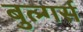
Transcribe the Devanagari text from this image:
बुल्गर्स